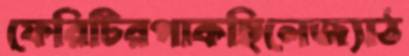
ফেরিটিরপাকছিলেজ্যাঠ